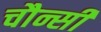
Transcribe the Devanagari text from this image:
चौन्सी